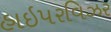
હાઇપરવિઝર